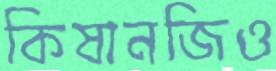
কিষানজিও